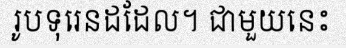
រូបទុរេនដដែល។ ជាមួយនេះ